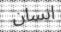
انسان